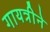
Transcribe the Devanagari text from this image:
गायत्रीने